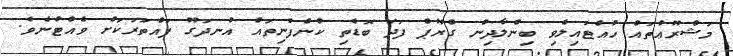
މަޝްރޫޢުތައް ހުއްޓައިލެވި ބިންލާދިން ގްރޫޕް ފަދަ ބޮޑެތި ކުންފުނިތައް އުނދަގޫ ފައްތަރަކަށް ވެއްޓުނެވެ.